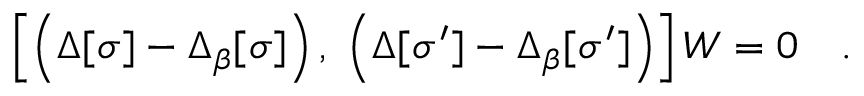
\left[ \left( \Delta [ \sigma ] - \Delta _ { \beta } [ \sigma ] \right) , \; \left( \Delta [ \sigma ^ { \prime } ] - \Delta _ { \beta } [ \sigma ^ { \prime } ] \right) \right] W = 0 \quad .